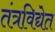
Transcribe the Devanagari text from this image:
तंत्रविद्येत